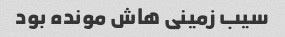
سیب زمینی هاش مونده بود